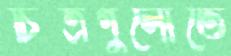
চিত্রগুলোতে